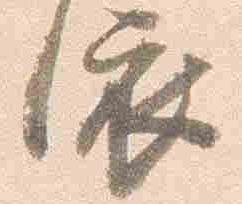
依